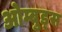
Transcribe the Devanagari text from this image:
ओम्बुड्स